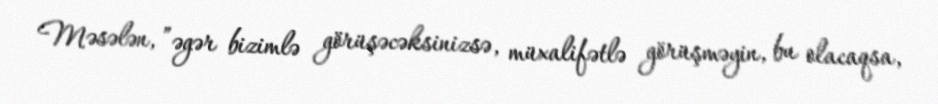
Məsələn, ”əgər bizimlə görüşəcəksinizsə, müxalifətlə görüşməyin, bu olacaqsa,